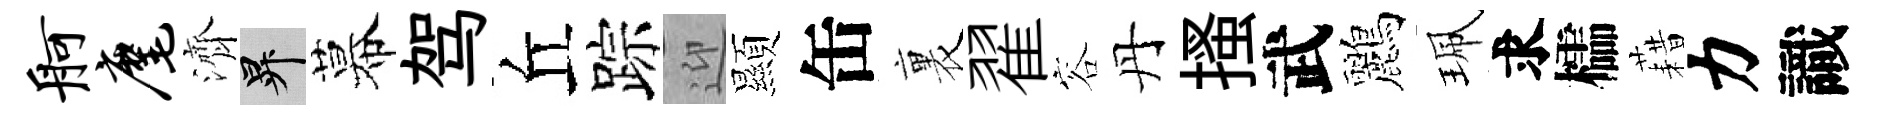
舸麾濟升幕驾丘踪迎顯缶裏翟容丹搔武鸝珮求櫺藉力識